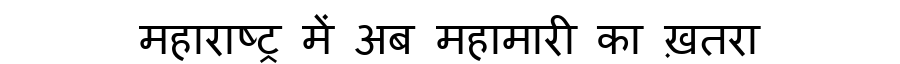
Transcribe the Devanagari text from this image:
महाराष्ट्र में अब महामारी का ख़तरा